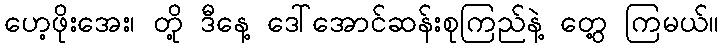
ဟေ့ဖိုးအေး၊ တို့ ဒီနေ့ ဒေါ်အောင်ဆန်းစုကြည်နဲ့ တွေ့ ကြမယ်။